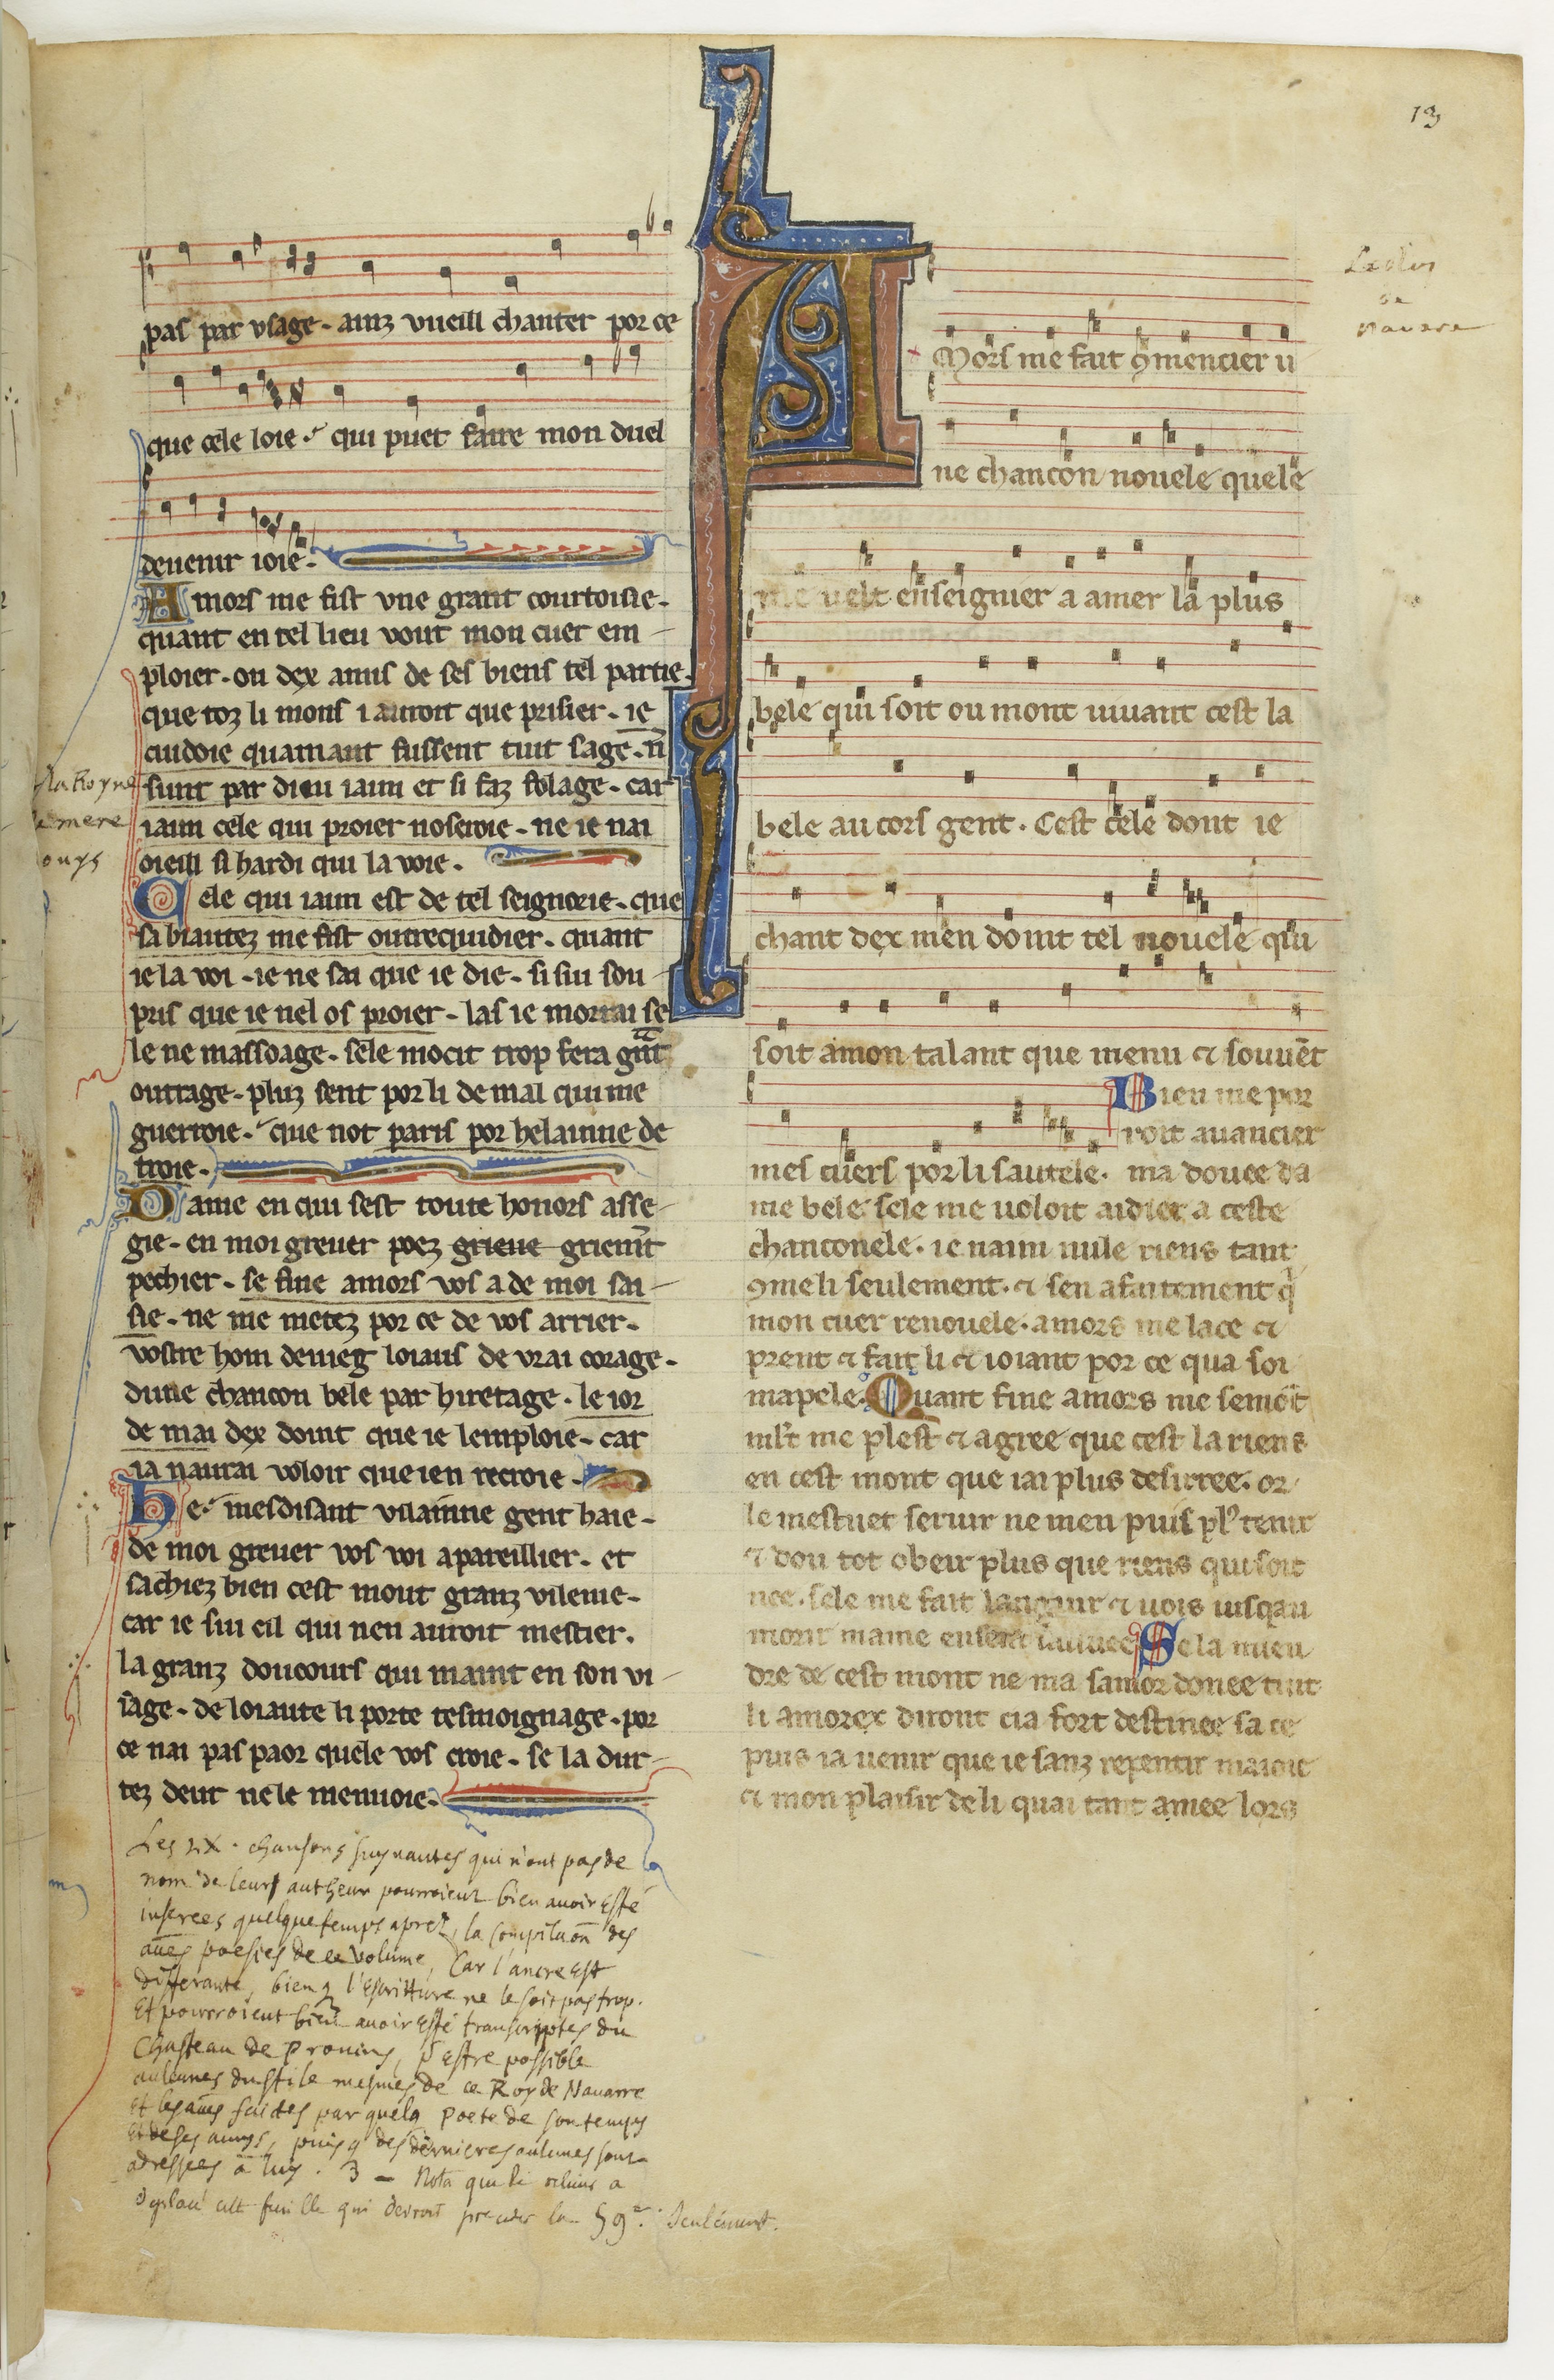
Shelfmark: Paris, BnF, fr. 844
Century: 13